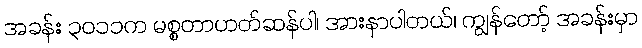
အခန်း ၃၀၁၁က မစ္စတာဟတ်ဆန်ပါ၊ အားနာပါတယ်၊ ကျွန်တော့် အခန်းမှာ